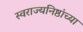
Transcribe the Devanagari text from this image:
स्वराज्यनिष्ठांच्या